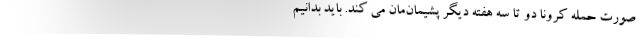
صورت حمله کرونا دو تا سه هفته دیگر پشیمان‌مان می کند. باید بدانیم